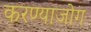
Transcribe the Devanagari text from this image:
करण्याजोग